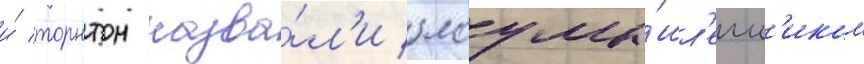
и́ торнтон назва́л'и злоумы́шл'енн'иком